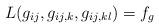
LaTeX: \begin{align*}L(g_{ij},g_{ij,k},g_{ij,kl})=f_g\end{align*}